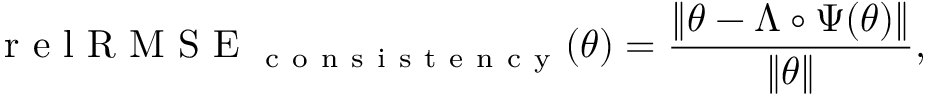
\mathrm { ~ r ~ e ~ l ~ R ~ M ~ S ~ E ~ } _ { \mathrm { ~ c ~ o ~ n ~ s ~ i ~ s ~ t ~ e ~ n ~ c ~ y ~ } } ( \theta ) = \frac { \| \theta - \Lambda \circ \boldsymbol { \Psi } ( \theta ) \| } { \| \theta \| } ,